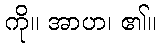
ကို။ အာဟ၊ ၏။